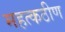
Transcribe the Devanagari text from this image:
महत्कठीण